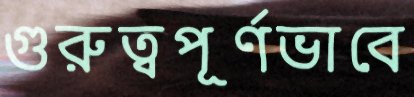
গুরুত্বপূর্ণভাবে